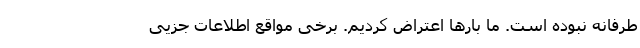
‌طرفانه نبوده است. ما بارها اعتراض کردیم. برخی مواقع اطلاعات جزیی